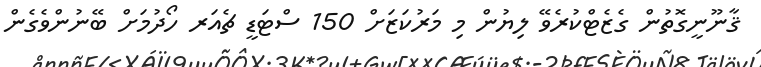
ޤާނޫނީގޮތުން ގެޒެޓްކުރެވޭ ލިޔުން މި މަރުކަޒަށް 150 ސްޓަޑީ ޗެއަރ ހޯދުމަށް ބޭނުންވެގެން